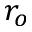
r _ { o }